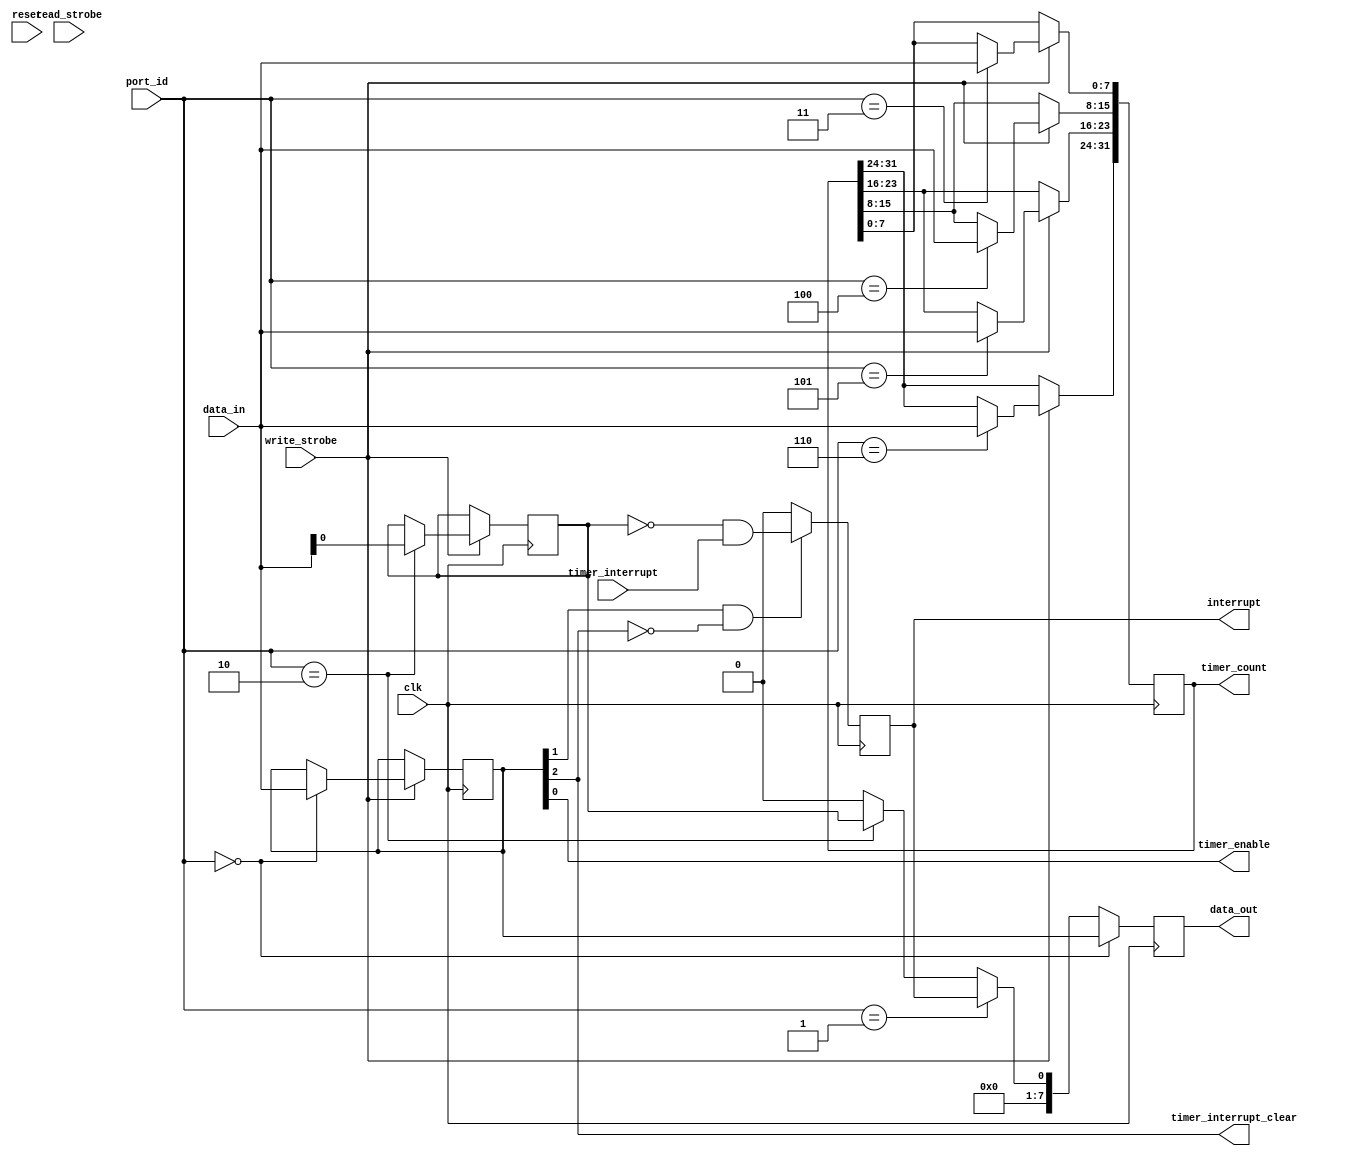
//                              -*- Mode: Verilog -*-
// Description     : PIcoblze Timer Registers
// Last Modified By: Philip Tracton
// Update Count    : 0
// Status          : Unknown, Use with caution!

module timer_regs (/*AUTOARG*/
   // Outputs
   data_out, interrupt, timer_enable, timer_count,
   timer_interrupt_clear,
   // Inputs
   clk, reset, port_id, data_in, read_strobe, write_strobe,
   timer_interrupt
   ) ;
   parameter BASE_ADDRESS = 8'h00;   
   
   input clk;
   input reset;
   
   input [7:0] port_id;
   input [7:0] data_in;
   output [7:0] data_out;
   input        read_strobe;
   input        write_strobe;   
   
   output       interrupt;
   output       timer_enable;
   output [31:0] timer_count;
   output        timer_interrupt_clear;   
   input         timer_interrupt;

      
   //
   // Registers
   //
   reg           interrupt      = 0;
   reg [7:0]     data_out       = 8'h00;
   reg [7:0]     timer_control  = 8'h00;
   reg [7:0]     timer_status   = 8'h00;
   reg           timer_irq_mask = 1'b0;
   reg [31:0]    timer_count    = 32'h0000_0000;

   //
   // Wires
   //
   wire          timer_enable           = timer_control[0];
   wire          timer_interrupt_enable = timer_control[1];
   wire          timer_interrupt_clear  = timer_control[2];
   
   //
   // Interrupt Logic
   //
   always @(posedge clk)
     if (timer_interrupt_enable & !timer_interrupt_clear) begin
        interrupt <= ~timer_irq_mask & timer_interrupt;        
     end else begin
        interrupt <= 1'b0;        
     end
   
   //
   // Address Decode
   //
   wire          timer_control_enable  = (port_id == (BASE_ADDRESS + 0));
   wire          timer_status_enable   = (port_id == (BASE_ADDRESS + 1));
   wire          timer_irq_mask_enable = (port_id == (BASE_ADDRESS + 2));
   wire          timer_count0_enable   = (port_id == (BASE_ADDRESS + 3));
   wire          timer_count1_enable   = (port_id == (BASE_ADDRESS + 4));
   wire          timer_count2_enable   = (port_id == (BASE_ADDRESS + 5));
   wire          timer_count3_enable   = (port_id == (BASE_ADDRESS + 6));
   
   //
   // Write Logic
   //
   always @(posedge clk)
     if (write_strobe) begin
        
        if (timer_control_enable) begin
           timer_control <= data_in;           
        end
        
        if (timer_irq_mask_enable) begin
           timer_irq_mask <= data_in[0];           
        end

        if (timer_count0_enable) begin
           timer_count[7:0] <= data_in;           
        end

        if (timer_count1_enable) begin
           timer_count[15:8] <= data_in;           
        end

        if (timer_count2_enable) begin
           timer_count[23:16] <= data_in;           
        end

        if (timer_count3_enable) begin
           timer_count[31:24] <= data_in;           
        end         
     end // if (write_strobe)

   //
   // Read Logic
   //
   always @(posedge clk) begin
      if (timer_control_enable) begin
         data_out <= timer_control;         
      end

      else if (timer_status_enable) begin
         data_out <= {7'b0000000, interrupt};         
      end

      else if (timer_irq_mask_enable) begin
         data_out <= {7'b0000000, timer_irq_mask};         
      end

      else begin
         data_out <= 8'h00;         
      end
      
   end
   
endmodule // timer_regs